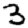
Digit: 3